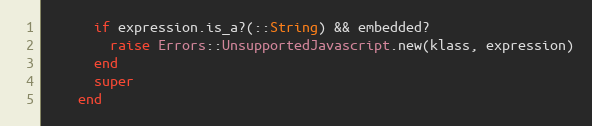
Language: Ruby
      if expression.is_a?(::String) && embedded?
        raise Errors::UnsupportedJavascript.new(klass, expression)
      end
      super
    end